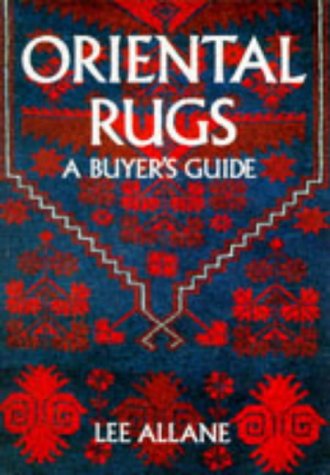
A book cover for Oriental Rugs: A Buyer's Guide; Lee Allane; Crafts, Hobbies & Home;